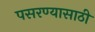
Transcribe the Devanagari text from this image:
पसरण्यासाठी